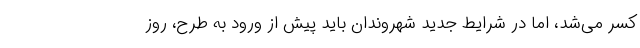
کسر می‌شد، اما در شرایط جدید شهروندان باید پیش از ورود به طرح، روز